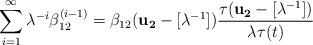
LaTeX: \begin{align*}\sum^{\infty}_{i=1} \lambda^{-i} \beta_{12}^{(i-1)} = \beta_{12} ({\bf u_2}-[\lambda^{-1}])\frac{\tau ({\bf u_2}-[\lambda^{-1}]) }{ \lambda \tau (t)} \end{align*}